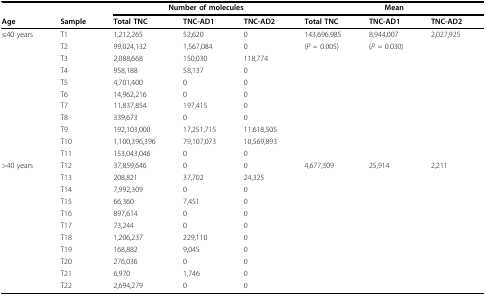
<table><thead><tr><td></td><td></td><td colspan="3"><b>Number of molecules</b></td><td colspan="3"><b>Mean</b></td></tr><tr><td><b>Age</b></td><td><b>Sample</b></td><td><b>Total TNC</b></td><td><b>TNC-AD1</b></td><td><b>TNC-AD2</b></td><td><b>Total TNC</b></td><td><b>TNC-AD1</b></td><td><b>TNC-AD2</b></td></tr></thead><tbody><tr><td>≤40 years</td><td>T1</td><td>1,212,265</td><td>52,620</td><td>0</td><td>143,696,985</td><td>8,944,007</td><td>2,027,925</td></tr><tr><td></td><td>T2</td><td>99,024,132</td><td>1,567,084</td><td>0</td><td>(<i>P = </i>0.005)</td><td>(<i>P = </i>0.030)</td><td></td></tr><tr><td></td><td>T3</td><td>2,088,668</td><td>150,030</td><td>118,774</td><td></td><td></td><td></td></tr><tr><td></td><td>T4</td><td>958,188</td><td>58,137</td><td>0</td><td></td><td></td><td></td></tr><tr><td></td><td>T5</td><td>4,701,400</td><td>0</td><td>0</td><td></td><td></td><td></td></tr><tr><td></td><td>T6</td><td>14,962,216</td><td>0</td><td>0</td><td></td><td></td><td></td></tr><tr><td></td><td>T7</td><td>11,837,854</td><td>197,415</td><td>0</td><td></td><td></td><td></td></tr><tr><td></td><td>T8</td><td>339,673</td><td>0</td><td>0</td><td></td><td></td><td></td></tr><tr><td></td><td>T9</td><td>192,103,000</td><td>17,251,715</td><td>11,618,505</td><td></td><td></td><td></td></tr><tr><td></td><td>T10</td><td>1,100,396,396</td><td>79,107,073</td><td>10,569,893</td><td></td><td></td><td></td></tr><tr><td></td><td>T11</td><td>153,043,046</td><td>0</td><td>0</td><td></td><td></td><td></td></tr><tr><td>&gt;40 years</td><td>T12</td><td>37,859,646</td><td>0</td><td>0</td><td>4,677,309</td><td>25,914</td><td>2,211</td></tr><tr><td></td><td>T13</td><td>208,821</td><td>37,702</td><td>24,325</td><td></td><td></td><td></td></tr><tr><td></td><td>T14</td><td>7,992,309</td><td>0</td><td>0</td><td></td><td></td><td></td></tr><tr><td></td><td>T15</td><td>66,360</td><td>7,451</td><td>0</td><td></td><td></td><td></td></tr><tr><td></td><td>T16</td><td>897,614</td><td>0</td><td>0</td><td></td><td></td><td></td></tr><tr><td></td><td>T17</td><td>73,244</td><td>0</td><td>0</td><td></td><td></td><td></td></tr><tr><td></td><td>T18</td><td>1,206,237</td><td>229,110</td><td>0</td><td></td><td></td><td></td></tr><tr><td></td><td>T19</td><td>168,882</td><td>9,045</td><td>0</td><td></td><td></td><td></td></tr><tr><td></td><td>T20</td><td>276,036</td><td>0</td><td>0</td><td></td><td></td><td></td></tr><tr><td></td><td>T21</td><td>6,970</td><td>1,746</td><td>0</td><td></td><td></td><td></td></tr><tr><td></td><td>T22</td><td>2,694,279</td><td>0</td><td>0</td><td></td><td></td><td></td></tr></tbody></table>